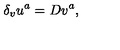
\delta _ { v } u ^ { a } = D v ^ { a } ,